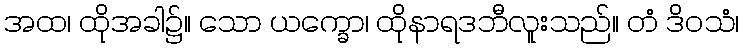
အထ၊ ထိုအခါ၌။ သော ယက္ခော၊ ထိုနာရဒဘီလူးသည်။ တံ ဒိဝသံ၊